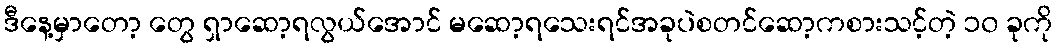
ဒီနေ့မှာတော့ တွေ ရှာဆော့ရလွယ်အောင် မဆော့ရသေးရင်အခုပဲစတင်ဆော့ကစားသင့်တဲ့ ၁၀ ခုကို